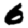
Digit: 6